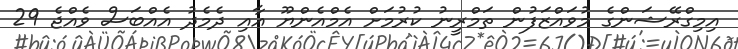
އިމިގްރޭޝަންގެ މުވައްޒަފުން ތަމްރީނު ކުރުމަށް އެމްއެންޔޫ އާއި ދެމެދު އެއްބަސް ވެއްޖެ 29